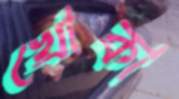
খোকা